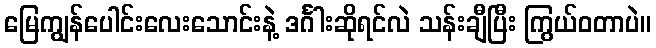
မြေကျွန်ပေါင်းလေးသောင်းနဲ့ ဒင်္ဂါးဆိုရင်လဲ သန်းချီပြီး ကြွယ်ဝတာပဲ။